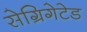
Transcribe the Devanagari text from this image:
सेग्रिगेटेड